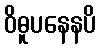
ဝိဓူပနေနပိ